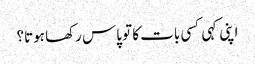
اپنی کہی کسی بات کا تو پاس رکھا ہوتا؟